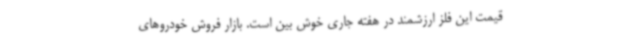
قیمت این فلز ارزشمند در هفته جاری خوش بین است. بازار فروش خودروهای